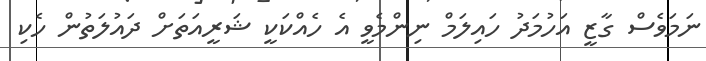
ނަމަވެސް ގާޒީ އަހުމަދު ހައިލަމް ނިންމެވީ އެ ހެއްކަކީ ޝަރީއަތަށް ދައުލަތުން ހެކި